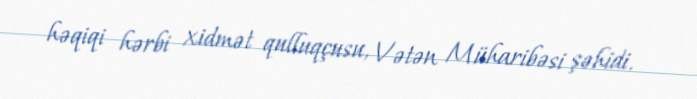
həqiqi hərbi xidmət qulluqçusu, Vətən Müharibəsi şəhidi.